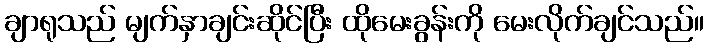
ချာရုသည် မျက်နှာချင်းဆိုင်ပြီး ထိုမေးခွန်းကို မေးလိုက်ချင်သည်။